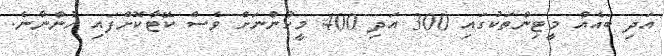
އަދި ބައެއް މީޓިންތަކުގައި 300 އަދި 400 މީހުންނަށް ވެސް ކޭޓާކޮށްފައި ހުންނާނެ.